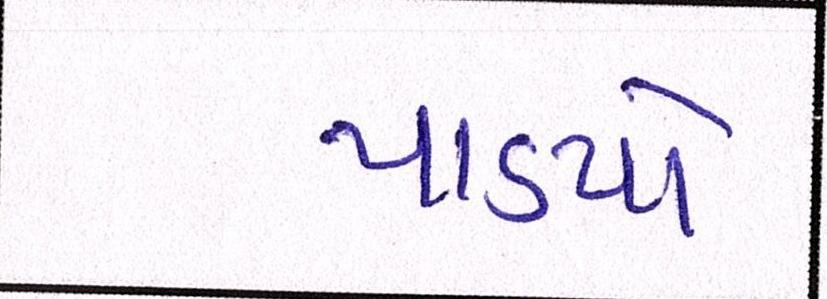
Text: પાડયો